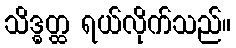
သိဒ္ဓတ္ထ ရယ်လိုက်သည်။